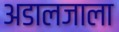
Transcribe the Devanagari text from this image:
अडालजाला